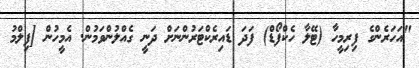
"އަހަރެންގެ ފިރިމީހާ (ޓޭލާ ހެކްފޯޑް) ފަދަ ޑައިރެކްޓަރުންނަށް ދަނީ ގެއްލުންވަމުން. އެމީހުން [ފިލްމު